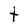
Character: t